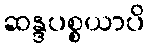
ဆန္ဒပစ္စယာပိ